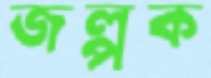
জল্পক